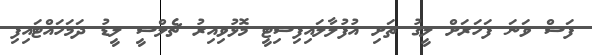
ފަސް ވަނަ ފަހަރަށް ލީގު ތަށި އުފުލާލައިފިސިޓީ މޮޅުވިއިރު ޗެލްސީ ލީޑު ދަމަަހައްޓައިފި